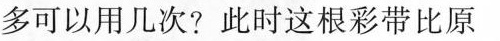
多可以用几次?此时这根彩带比原